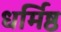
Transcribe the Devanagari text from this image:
धर्मिष्ठ